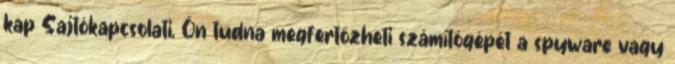
kap Sajtókapcsolati, Ön tudna megfertőzheti számítógépét a spyware vagy